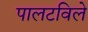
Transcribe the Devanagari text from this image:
पालटविले